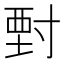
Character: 𡬵